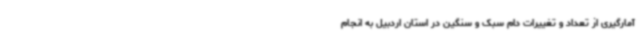
آمارگیری از تعداد و تغییرات دام سبک و سنگین در استان اردبیل به انجام